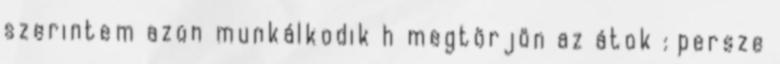
szerintem azon munkálkodik h megtörjön az átok : persze